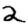
Digit: 2